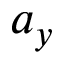
a _ { y }